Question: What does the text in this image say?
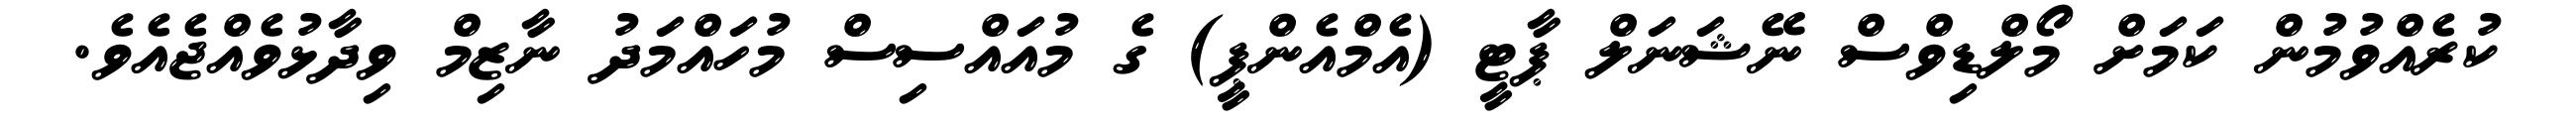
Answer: ކުރެއްވުމުން ކަމަށް މޯލްޑިވްސް ނޭޝަނަލް ޕާޓީ (އެމްއެންޕީ) ގެ މުއައްސިސް މުހައްމަދު ނާޒިމް ވިދާޅުވެއްޖެއެވެ.